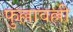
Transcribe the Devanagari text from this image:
फुल्लावल्ली